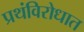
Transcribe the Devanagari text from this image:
प्रथंविरोधात